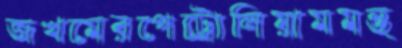
জখমেরপেট্রোলিয়ামমন্ত্